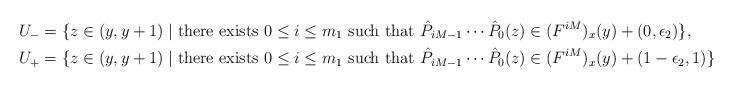
LaTeX: \begin{align*} U_- &=\{z\in (y,y+1)\mid \mbox{there exists} \ 0\leq i\leq m_1 \mbox{ such that } \hat{P}_{iM-1}\cdots \hat{P}_0(z)\in (F^{iM})_x(y)+(0,\epsilon_2)\}, \\ U_+ &=\{z\in (y,y+1)\mid \mbox{there exists} \ 0\leq i\leq m_1 \mbox{ such that } \hat{P}_{iM-1}\cdots \hat{P}_0(z)\in (F^{iM})_x(y)+(1-\epsilon_2,1)\}.\end{align*}